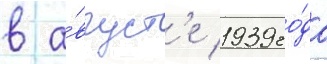
в а́вгуст'е 1939 го́да